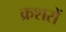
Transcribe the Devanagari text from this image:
क्रशरों